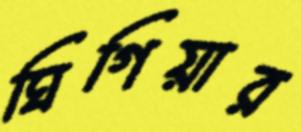
ঘিগিয়ার